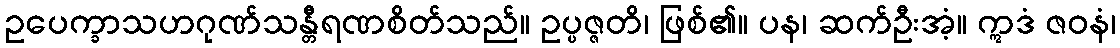
ဥပေက္ခာသဟဂုဏ်သန္တီရဏစိတ်သည်။ ဥပ္ပဇ္ဇတိ၊ ဖြစ်၏။ ပန၊ ဆက်ဦးအံ့။ ဣဒံ ဇဝနံ၊